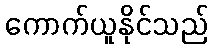
ကောက်ယူနိုင်သည်